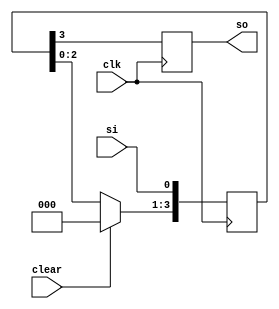
module SISO_REG(clk,clear,si,so);
input clk,si,clear;
output so;
reg so;
reg [3:0] tmp;
always @(posedge clk )
begin
if (clear)
tmp <= 4'b0000;
else
tmp <= tmp << 1;
tmp[0] <= si;
so = tmp[3];
end
endmodule